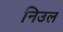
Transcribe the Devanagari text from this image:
निउल